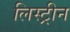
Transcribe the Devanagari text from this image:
लिस्ट्रीन